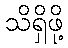
သိရှိဖို့